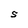
Character: S